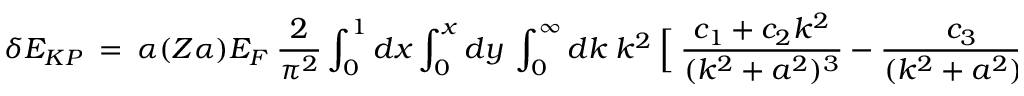
\delta E _ { K P } ~ = ~ \alpha ( Z \alpha ) E _ { F } ~ \frac { 2 } { \pi ^ { 2 } } \int _ { 0 } ^ { 1 } { d x } \int _ { 0 } ^ { x } { d y } ~ \int _ { 0 } ^ { \infty } { d k } ~ k ^ { 2 } ~ \Bigl [ ~ \frac { c _ { 1 } + c _ { 2 } k ^ { 2 } } { ( k ^ { 2 } + a ^ { 2 } ) ^ { 3 } } ~ - ~ \frac { c _ { 3 } } { ( k ^ { 2 } + a ^ { 2 } ) ^ { 2 } } \Bigr ]